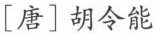
[唐]胡令能